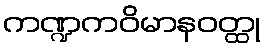
ကဏ္ဍကဝိမာနဝတ္ထု